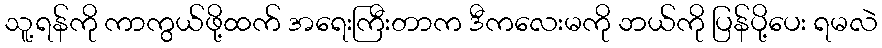
သူ့ရန်ကို ကာကွယ်ဖို့ထက် အရေးကြီးတာက ဒီကလေးမကို ဘယ်ကို ပြန်ပို့ပေး ရမလဲ